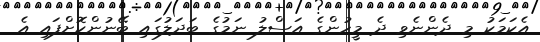
އެކަމަކު މި ދެންނެވި ދެ މީހުންގެ އަސްލު ނަމުގެ ބަދަލުގައި ބޭނުންކޮށްފައި އެ